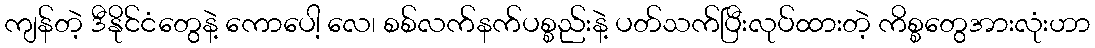
ကျန်တဲ့ ဒီနိုင်ငံတွေနဲ့ ကောပေါ့ လေ၊ စစ်လက်နက်ပစ္စည်းနဲ့ ပတ်သက်ပြီးလုပ်ထားတဲ့ ကိစ္စတွေအားလုံးဟာ